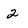
Character: 2